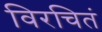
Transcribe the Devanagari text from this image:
विरचितं